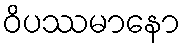
ဝိပဿမာနော